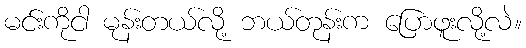
မင်းကိုငါ မုန်းတယ်လို့ ဘယ်တုန်းက ပြောဖူးလို့လဲ။